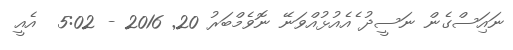
ނައިަސްގެން ނަސީދު ެއެއުޅުއްވަނޭ ނޮވެމްބަރު 20